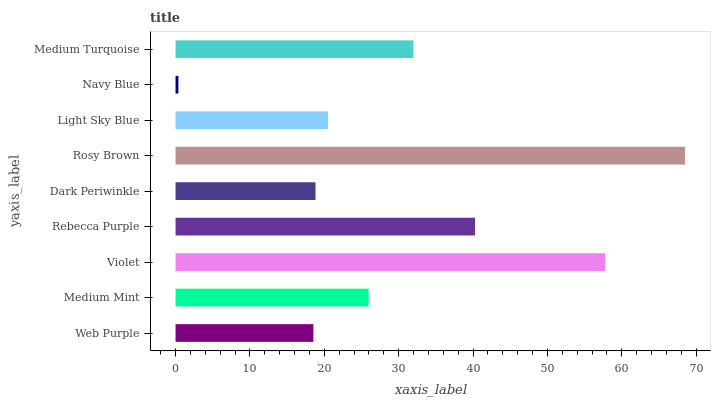
| yaxis_label | bars |
 | --- | --- |
 | Web Purple | 18.5 |
 | Medium Mint | 26 |
 | Violet | 57.7 |
 | Rebecca Purple | 40.3 |
 | Dark Periwinkle | 18.8 |
 | Rosy Brown | 68.5 |
 | Light Sky Blue | 20.5 |
 | Navy Blue | 0.384 |
 | Medium Turquoise | 32 |